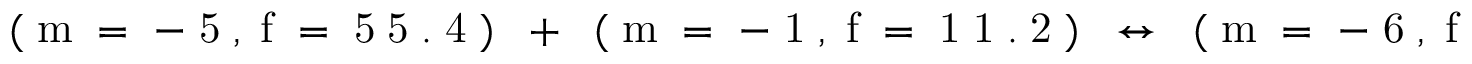
\mathrm { ~ \footnotesize ~ ( ~ m ~ = ~ - ~ 5 ~ , ~ f ~ = ~ 5 ~ 5 ~ . ~ 4 ~ ) ~ \ + ~ \ ( ~ m ~ = ~ - ~ 1 ~ , ~ f ~ = ~ 1 ~ 1 ~ . ~ 2 ~ ) ~ \ \leftrightarrow ~ \ ( ~ m ~ = ~ - ~ 6 ~ , ~ f ~ = ~ 6 ~ 6 ~ . ~ 7 ~ ) ~ }